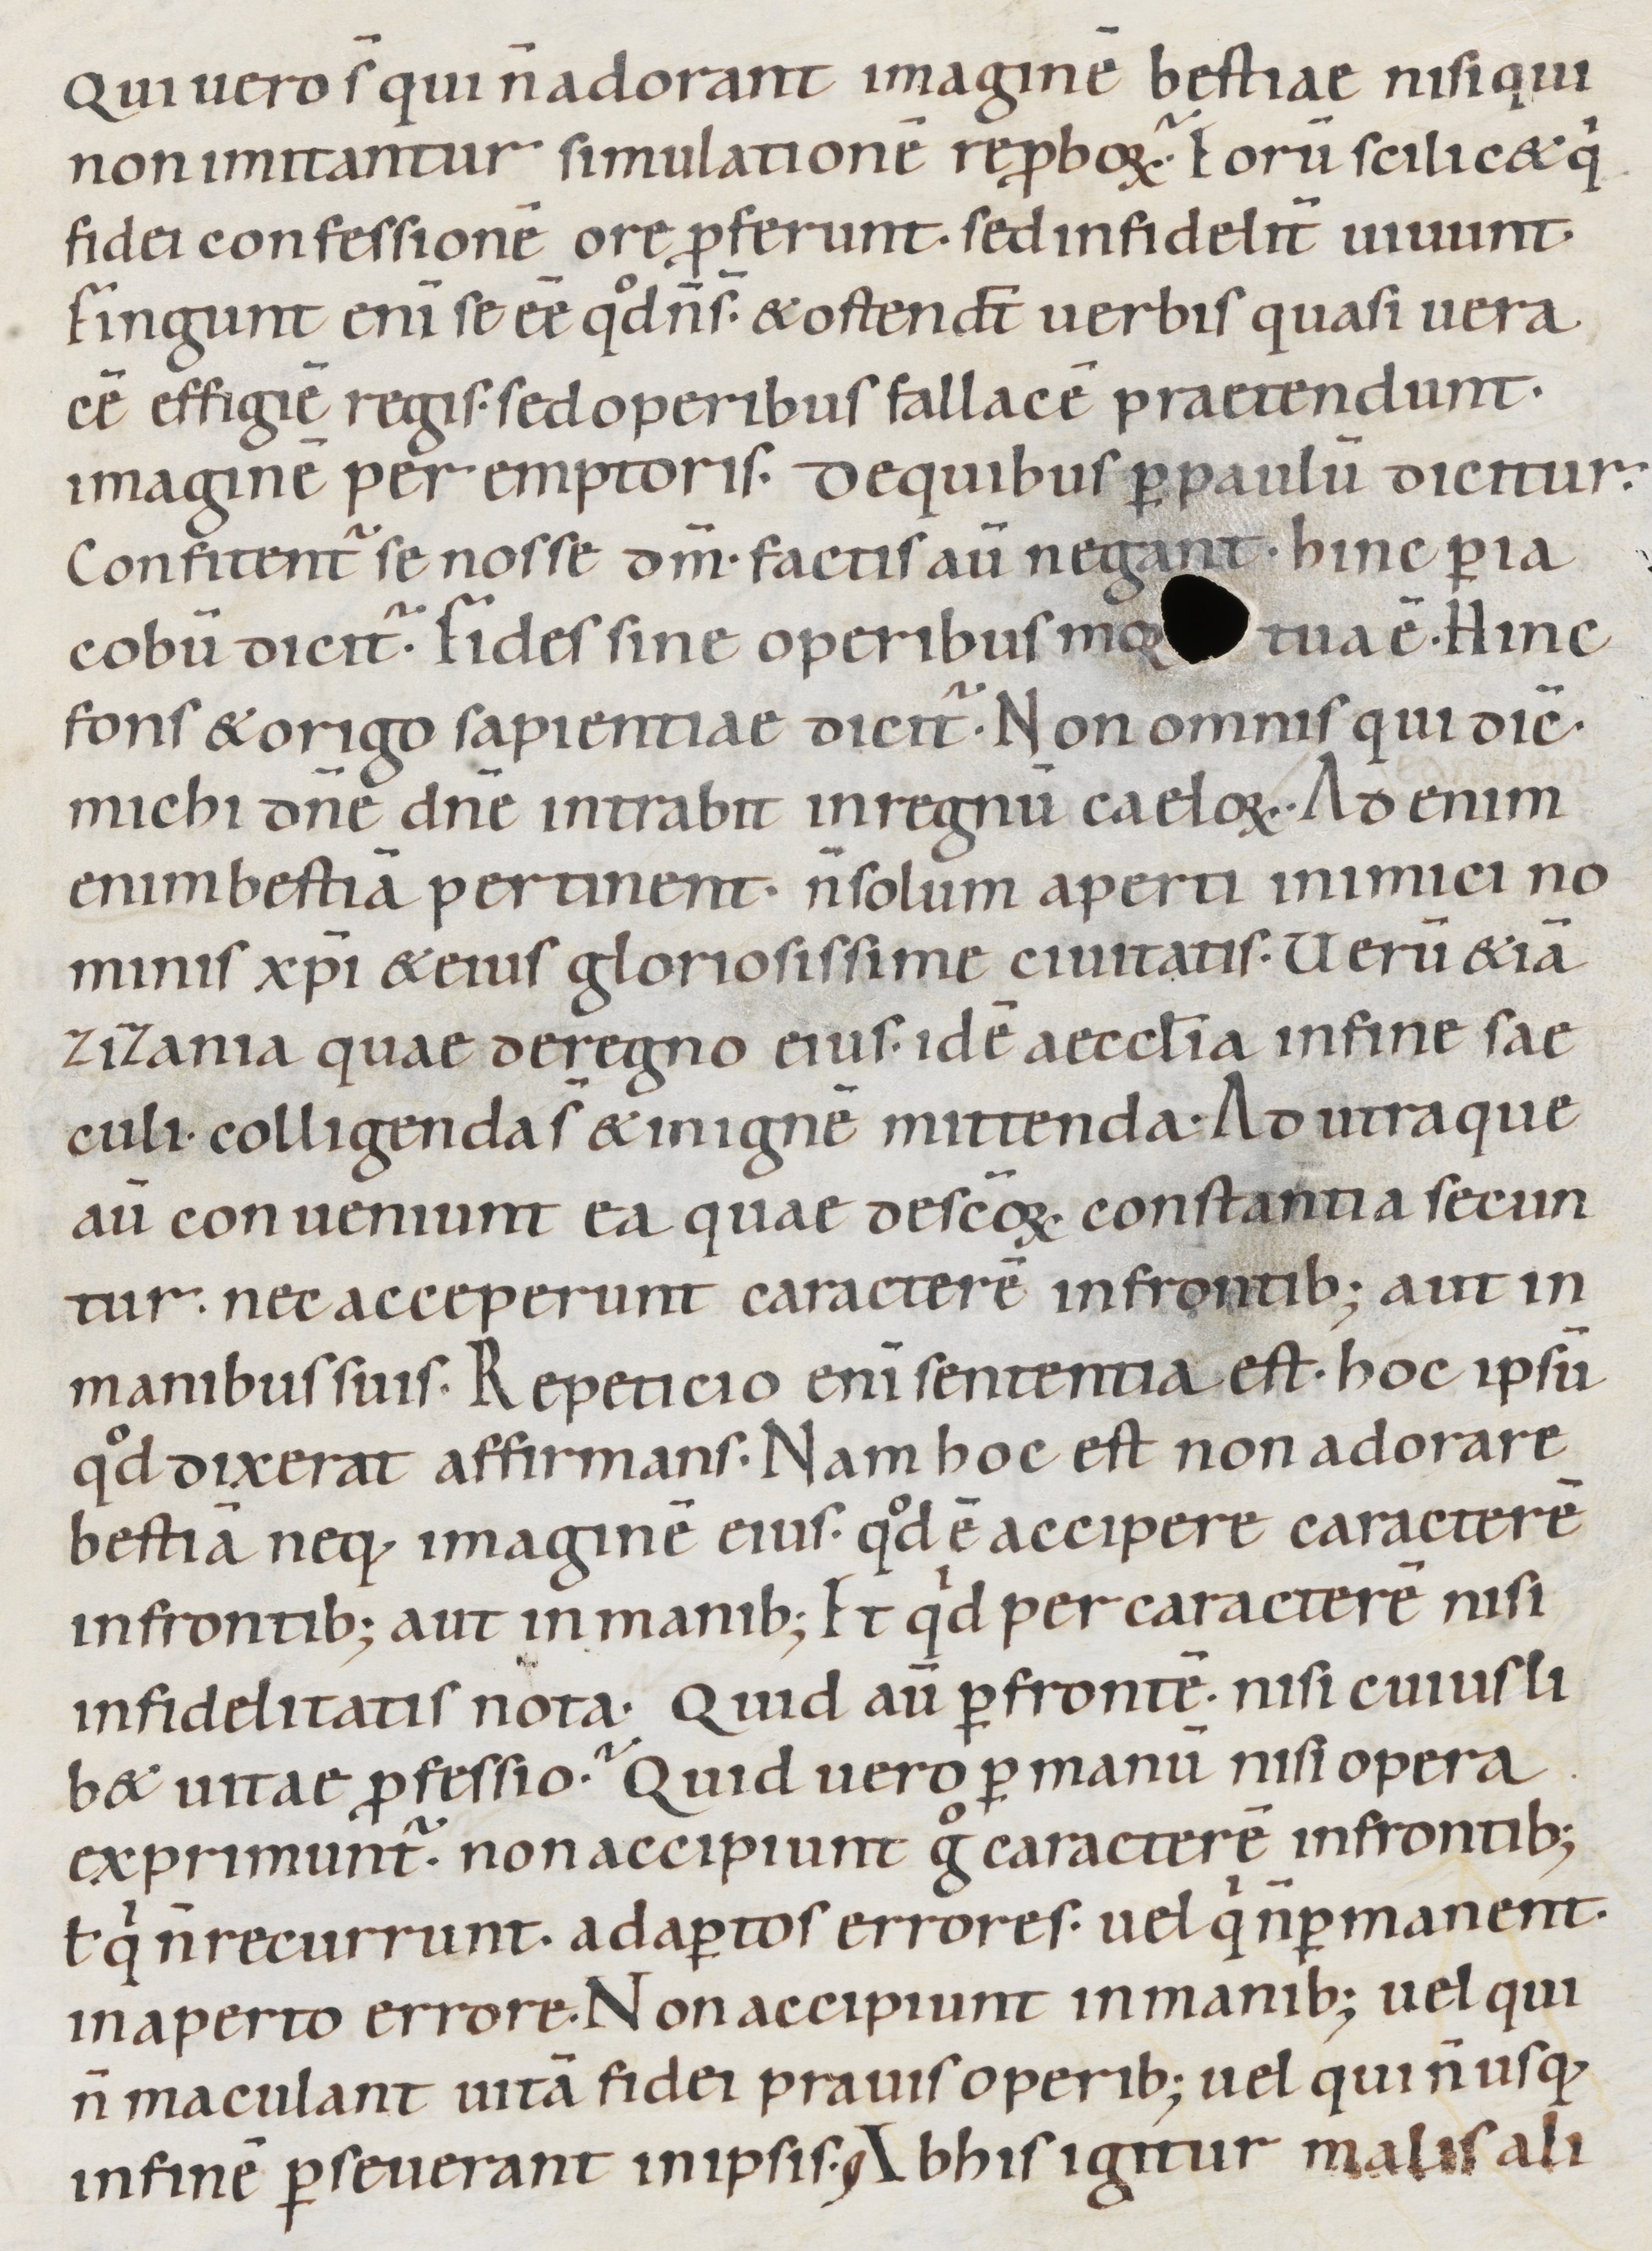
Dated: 1000–1099